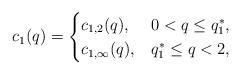
LaTeX: \begin{align*}c_1(q) = \begin{cases} c_{1,2}(q), & 0 < q \leq q_1^*, \\ c_{1,\infty}(q), & q_1^* \leq q < 2, \end{cases}\end{align*}